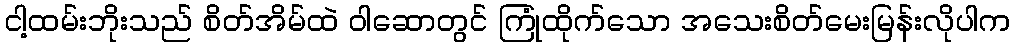
ငါ့ထမ်းဘိုးသည် စိတ်အိမ်ထဲ ဝါဆောတွင် ကြုံထိုက်သော အသေးစိတ်မေးမြန်းလိုပါက